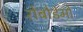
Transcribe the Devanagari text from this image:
रोबोडेमो